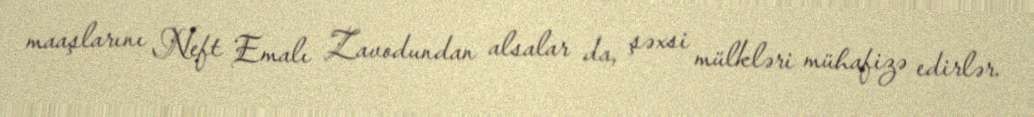
maaşlarını Neft Emalı Zavodundan alsalar da, şəxsi mülkləri mühafizə edirlər.